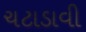
ચટાડાવી